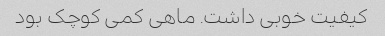
کیفیت خوبی داشت. ماهی کمی کوچک بود